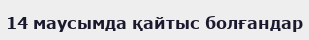
14 маусымда қайтыс болғандар